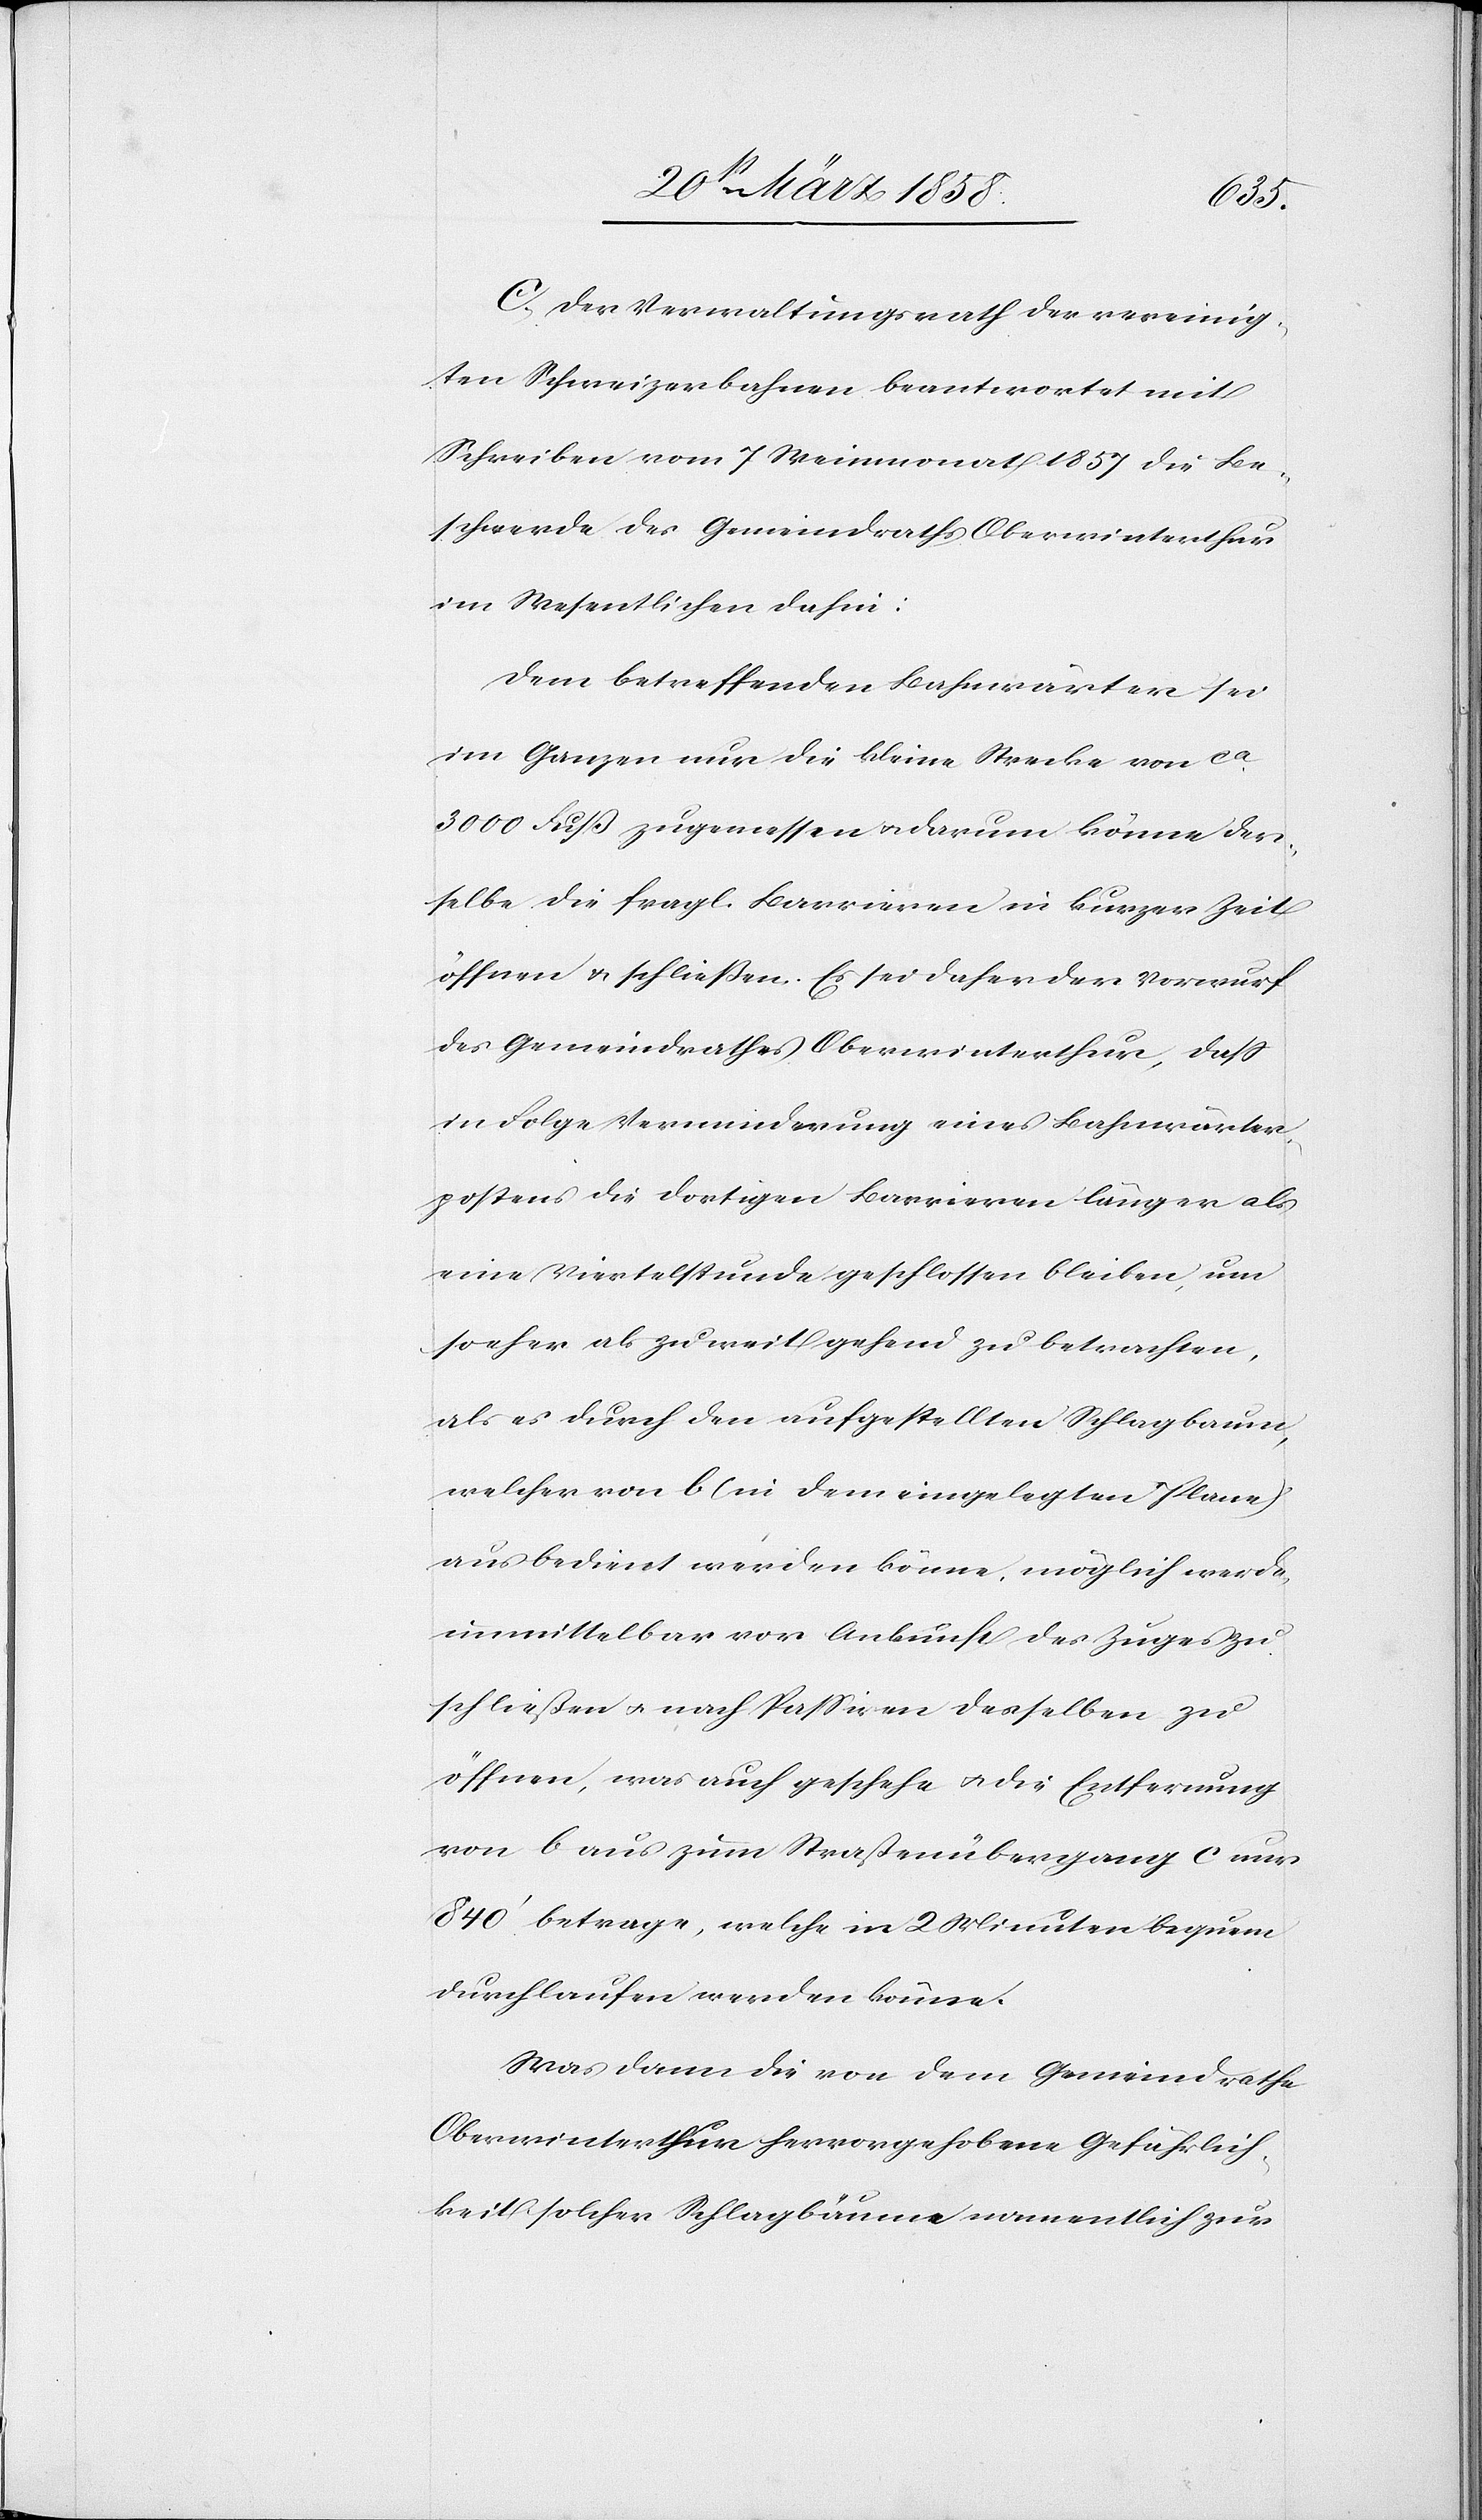
C. Der Verwaltungsrath der vereinig¬
ten Schweizerbahnen beantwortet mit
Schreiben vom 7. Weinmonat 1857 die Be¬
schwerde des Gemeindraths Oberwinterthur
im Wesentlichen dahin:
Dem betreffenden Bahnwärter sei
im Ganzen nur die kleine Strecke von ca
3000 Fuß zugemessen u. darum könne der¬
selbe die fragl. Barrieren in kurzer Zeit
öffnen u. schließen. Es sei daher der Vorwurf
des Gemeindrathes Oberwinterthur, daß
in Folge Verminderung eines Bahnwärter¬
postens die dortigen Barrieren länger als
eine Viertelstunde geschlossen bleiben, um
so eher als zu weit gehend zu betrachten,
als es durch den aufgestellten Schlagbaum,
welcher von b (in dem eingelegten Plane)
aus bedient werden könne, möglich werde,
unmittelbar vor Ankunft des Zuges zu
schließen u. nach Passiven desselben zu
öffnen, was auch geschehe u. die Entfernung
von b aus zum Straßenübergang c nur
840’ betrage, welche in 2 Minuten bequem
durchlaufen werden könne.
Was dann die von dem Gemeindrathe
Oberwinterthur hervorgehobene Gefährlich¬
keit solcher Schlagbäume namentlich zur